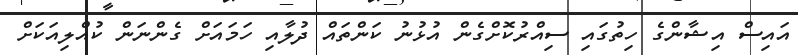
އައިސް އިޝާންގެ ހިތުގައި ސިއްރުކޮށްގެން އުޅުނު ކަންތައް ދުލާއި ހަމައަށް ގެންނަން ކުއްލިއަކަށް